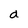
Character: a